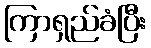
ကြာရှည်ခံပြီး